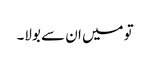
تو میں ان سے بولا۔